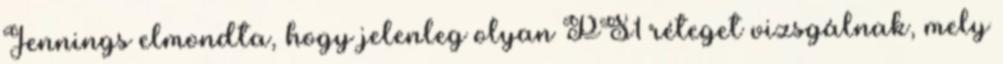
Jennings elmondta, hogy jelenleg olyan PS1 réteget vizsgálnak, mely